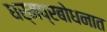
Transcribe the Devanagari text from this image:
धर्मप्रबोधनात